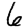
Digit: 6